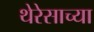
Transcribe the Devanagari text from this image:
थेरेसाच्या